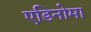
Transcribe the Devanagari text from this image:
एडिनोमा